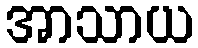
အာသာယ